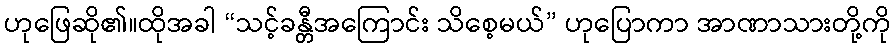
ဟုဖြေဆို၏။ထိုအခါ “သင့်ခန္တီအကြောင်း သိစေ့မယ်” ဟုပြောကာ အာဏာသားတို့ကို